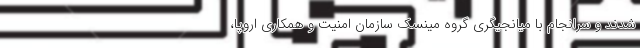
شدند و سرانجام با میانجیگری گروه مینسک سازمان امنیت و همکاری اروپا،